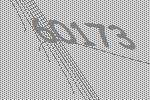
60173